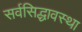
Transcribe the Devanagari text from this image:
सर्वसिद्धावस्था